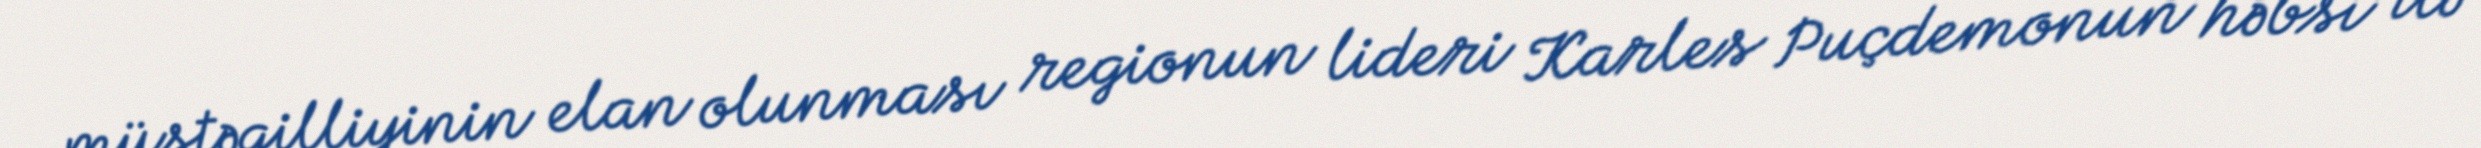
müstəqilliyinin elan olunması regionun lideri Karles Puçdemonun həbsi ilə